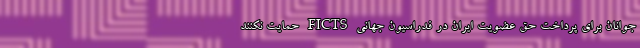
جوانان برای پرداخت حق عضویت ایران در فدراسیون جهانی FICTS حمایت نکنند